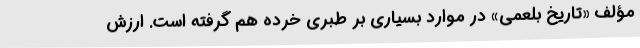
مؤلف «تاریخ بلعمی» در موارد بسیاری بر طبری خرده هم گرفته است. ارزش